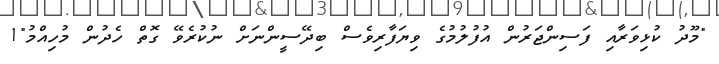
"މޫދު ކުޅިވަރާއި ފަސިންޖަރުން އުފުލުމުގެ ވިޔަފާރިވެސް ބިދޭސީންނަށް ނުކުރެވޭ ގޮތް ހެދުން މުހިއްމު"1